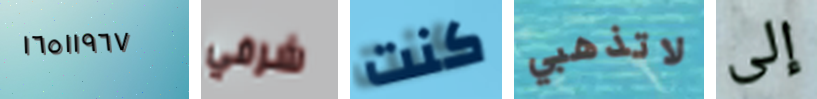
١٦٥١١٩٦٧ شرفي كنت لاتذهبي إلى